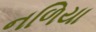
નળિયા